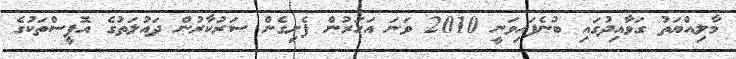
މާލިއްޔަތު ގަވާއިދުގައި ބުނެފައިވަނީ 2010 ވަނަ އަހަރުން ފެށިގެން ސަރުކާރުން ދައުލަތުގެ އޮފީސްތަކުގެ